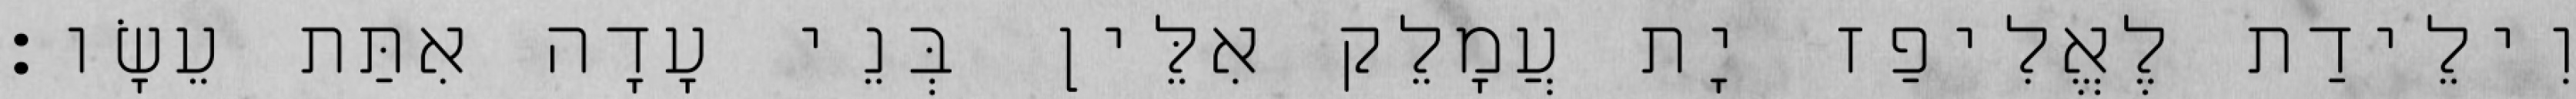
וִילֵידַת לֶאֱלִיפַז יָת עֲמָלֵק אִלֵּין בְּנֵי עָדָה אִתַּת עֵשָׂו׃